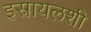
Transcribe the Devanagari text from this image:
इस्रायलशी